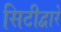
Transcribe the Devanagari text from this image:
सिटीद्वारे